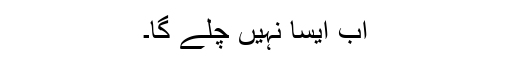
اب ایسا نہیں چلے گا۔